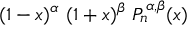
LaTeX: ( 1 - x ) ^ { \alpha } \ ( 1 + x ) ^ { \beta } \ P _ { n } ^ { \alpha , \beta } ( x )